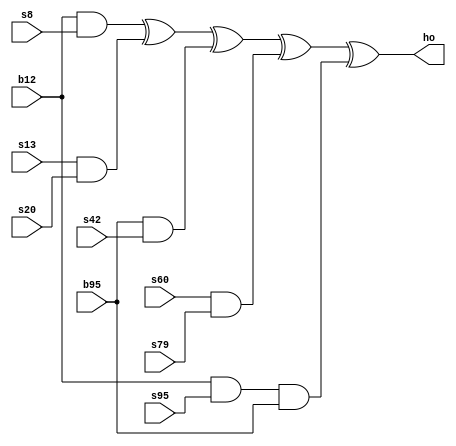
module h_x
(
    input s8,
    input s13,
    input s20,
    input s42,
    input s60,
    input s79,
    input s95,
    input b12,
    input b95,
    output ho
);

// ho
assign ho = (b12 & s8) ^ (s13 & s20) ^ (b95 & s42) ^ (s60 & s79) ^ (b12 & s95 & b95);

endmodule

module feedback_linear
(
    input s0,
    input s7,
    input s38,
    input s70,
    input s81,
    input s96,
    output lfb
);

// lfb
assign lfb = s0 ^ s7 ^ s38 ^ s70 ^ s81 ^ s96;

endmodule

module feedback_non_linear
(
    input b0,
    input b26,
    input b56,
    input b91,
    input b96,
    input b3,
    input b67,
    input b11,
    input b13,
    input b17,
    input b18,
    input b27,
    input b59,
    input b40,
    input b48,
    input b61,
    input b65,
    input b68,
    input b84,
    output nfb
);

// nfb
assign nfb = b0 ^ b26 ^ b56 ^ b91 ^ b96 ^ (b3 & b67) ^ (b11 & b13) ^ (b17 & b18) ^ (b27 & b59) ^ (b40 & b48) ^ (b61 & b65) ^ (b68 & b84); 

endmodule


module grain128 
(
    input clk,
    input rst,
    input [127:0] key,
    input [95:0] iv,
    input gen,
    output reg rdy,
    output z,
    output [31:0] tag
);

localparam INIT = 0;
localparam RDY  = 1;

reg [127:0] s;            //LFSR 
reg [127:0] b;            //NFSR 
reg curr_state = INIT;
reg next_state = INIT;
reg [7:0] cnt  = 0;       //Counter 
reg m          = 1;       //Mode 

wire f,g,h;               //
wire nfb, lfb;            //
wire mo;                  //MUX out 
wire y;                   //y
wire [127:0] key_in;      //Flipped key 
wire [95:0] iv_in;        //Flipped iv 

// 
feedback_linear FB_L (s[0], s[7], s[38], s[70], s[81], s[96], f);
feedback_non_linear FB_N (b[0], b[26], b[56], b[91], b[96], b[3], b[67], b[11], b[13], b[17], b[18], b[27], b[59], b[40], b[48], b[61], b[65], b[68], b[84], g);
h_x HX (s[8], s[13], s[20], s[42], s[60], s[79], s[95], b[12], b[95], h);

// mo
assign mo  = m & y;
// lfbnfb
assign lfb = f ^ mo;
assign nfb = g ^ mo ^ s[0];
// y
assign y   = h ^ s[93] ^ b[2] ^ b[15] ^ b[36] ^ b[45] ^ b[64] ^ b[73] ^ b[89];
// zy
assign z   = y;

assign tag = 0;

// 
generate
    genvar i;
    for (i = 0; i < 96; i = i + 1) begin
        assign iv_in[i] = iv[95-i];
    end
endgenerate

// 
generate
    genvar j;
    for(j = 0; j < 128; j = j + 1) begin
        assign key_in[j] = key[127-j];
    end
endgenerate

always @(posedge clk) begin
    if (rst) begin
        curr_state <= INIT;
        s          <= {{32{1'b1}},iv_in};
        b          <= key_in;
        cnt        <= 0;
    end
    else begin
        curr_state <= next_state;
    end
    
    case (curr_state)
        INIT : begin
            m   <= 1;
            rdy <= 0;
            if (cnt == 255) begin
                next_state <= RDY;
            end
            else begin
                next_state <= INIT;
                cnt        <= cnt + 1;
            end
            s = {lfb, s[127:1]};
            b = {nfb, b[127:1]};
        end
        RDY : begin
            rdy <= 1;
            m   <= 0;

            if (gen && rdy) begin
                s = {lfb, s[127:1]};
                b = {nfb, b[127:1]};
            end
            next_state <= RDY;
        end
    endcase
end
endmodule